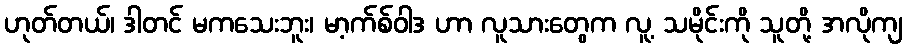
ဟုတ်တယ်၊ ဒါတင် မကသေးဘူး၊ မာ့က်စ်ဝါဒ ဟာ လူသားတွေက လူ့ သမိုင်းကို သူတို့ အလိုကျ